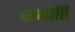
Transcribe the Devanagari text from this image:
सम्प्रप्ति